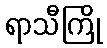
ရာသီကြို